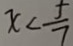
x < \frac { 5 } { 7 }